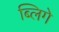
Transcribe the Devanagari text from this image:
ब्लिगे